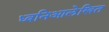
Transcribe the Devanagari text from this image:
ध्वनिआलेखित